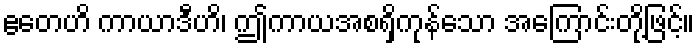
ဧတေဟိ ကာယာဒီဟိ၊ ဤကာယအစရှိကုန်သော အကြောင်းတို့ဖြင့်။